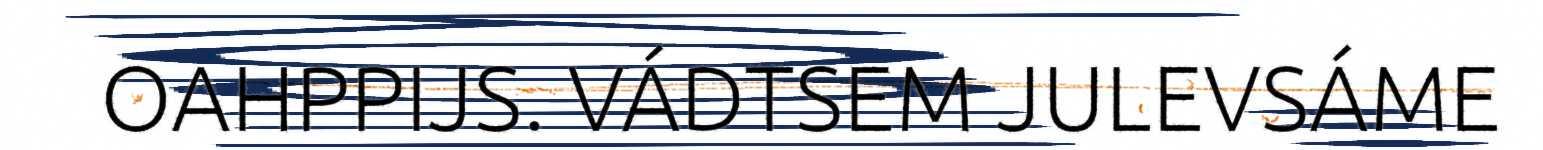
OAHPPIJS. VÁDTSEM JULEVSÁME